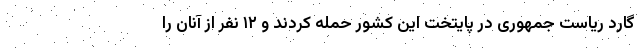
گارد ریاست جمهوری در پایتخت این کشور حمله کردند و ۱۲ نفر از آنان را